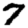
Digit: 7